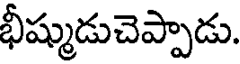
భీష్ముడుచెప్పాడు.